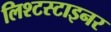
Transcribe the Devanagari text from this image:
लिश्टस्टाइनर